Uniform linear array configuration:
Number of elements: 24
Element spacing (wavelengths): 0.25
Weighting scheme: uniform
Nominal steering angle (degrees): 45
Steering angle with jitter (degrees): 45.438
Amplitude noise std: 0.05
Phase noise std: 0.05

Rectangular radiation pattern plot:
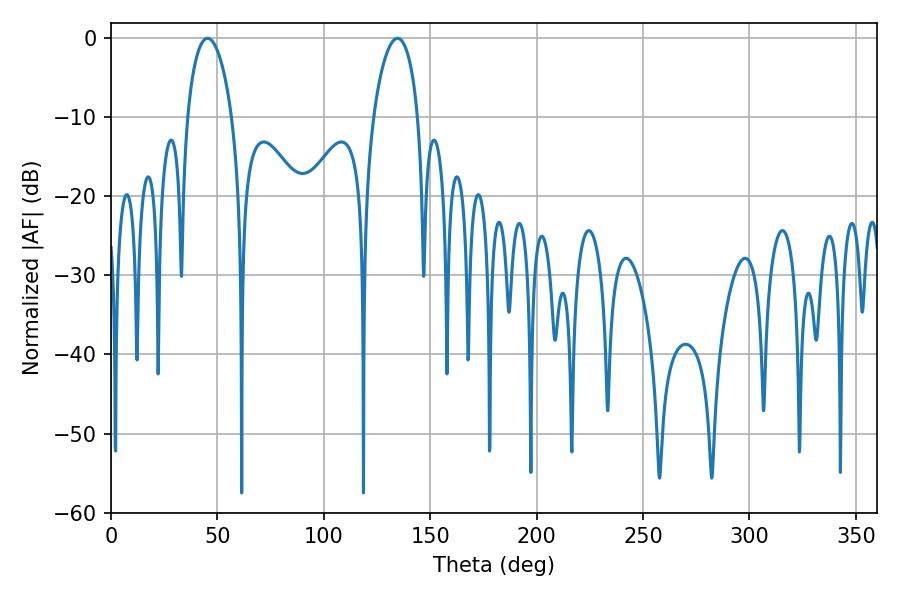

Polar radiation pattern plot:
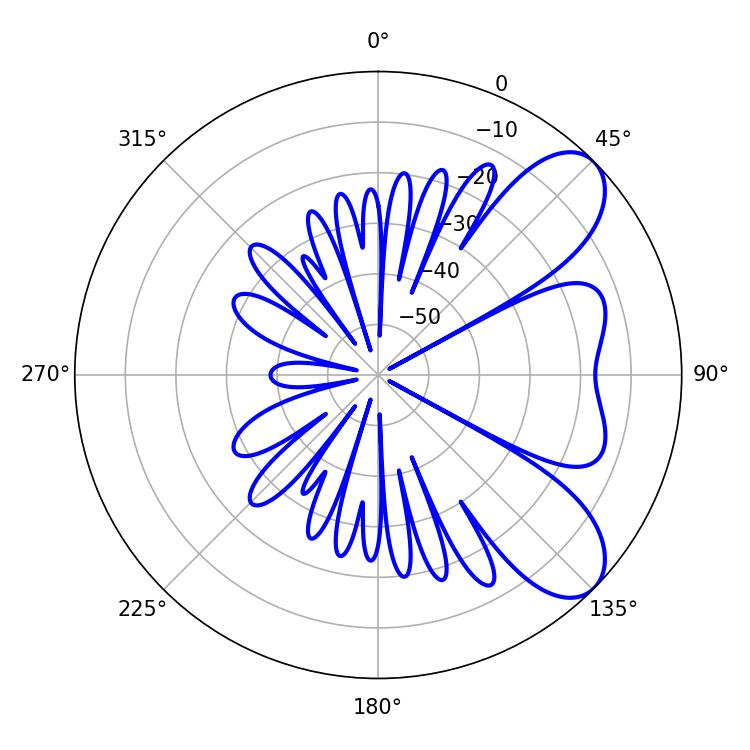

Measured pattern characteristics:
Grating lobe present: FALSE
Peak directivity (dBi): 7.643
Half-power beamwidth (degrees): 11.88
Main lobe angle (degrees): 45.36